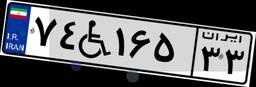
۴۴W۴۶۶۷۷